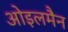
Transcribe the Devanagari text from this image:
ओइलमैन